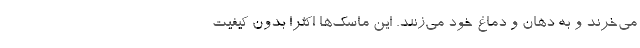
می‌خرند و به دهان و دماغ خود می‌زنند. این ماسک‌ها اکثرا بدون کیفیت